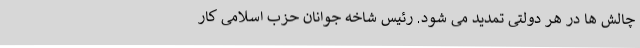
چالش ها در هر دولتی تمدید می شود. رئیس شاخه جوانان حزب اسلامی کار